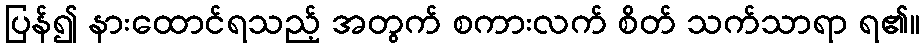
ပြန်၍ နားထောင်ရသည့် အတွက် စကားလက် စိတ် သက်သာရာ ရ၏။